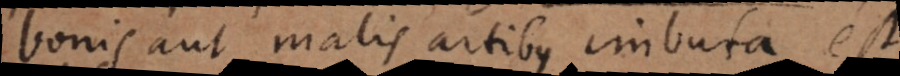
bonis aut malis artibus imbuta est.